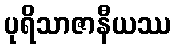
ပုရိသာဇာနီယဿ